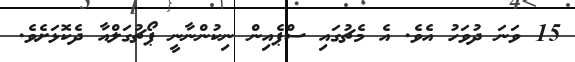
15 ވަނަ ދުވަހު އެވެ. އެ މެޗުގައި ސްޕެއިން ނިކުންނާނީ ޕޯޗުގަލްއާ ދެކޮޅަށެވެ.